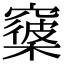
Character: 𥨑